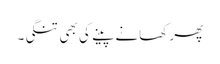
پھر کھانے پینے کی بھی تنگی۔